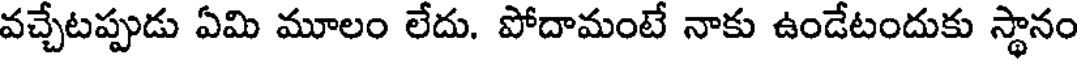
వచ్చేటప్పుడు ఏమి మూలం లేదు. పోదామంటే నాకు ఉండేటందుకు స్థానం